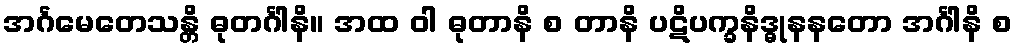
အင်္ဂမေတေသန္တိ ဓုတင်္ဂါနိ။ အထ ဝါ ဓုတာနိ စ တာနိ ပဋိပက္ခနိဒ္ဓုနနတော အင်္ဂါနိ စ